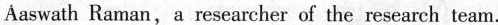
Aaswath Raman, a researcher of the research team.